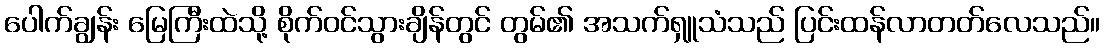
ပေါက်ချွန်း မြေကြီးထဲသို့ စိုက်ဝင်သွားချိန်တွင် တွမ်၏ အသက်ရှူသံသည် ပြင်းထန်လာတတ်လေသည်။